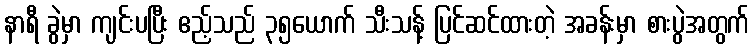
နာရီ ခွဲမှာ ကျင်းပပြီး ဧည့်သည် ၃၅ယောက် သီးသန့် ပြင်ဆင်ထားတဲ့ အခန်းမှာ စားပွဲအတွက်